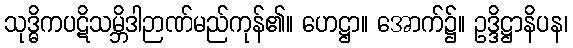
သုဒ္ဓိကပဋိသမ္ဘိဒါဉာဏ်မည်ကုန်၏။ ဟေဋ္ဌာ။ အောက်၌။ ဥဒ္ဒိဋ္ဌာနိပန၊